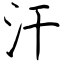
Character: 汗